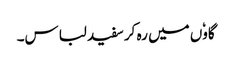
گاوٗں میں رہ کر سفید لباس۔